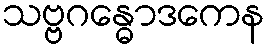
သဗ္ဗဂန္ဓောဒကေန